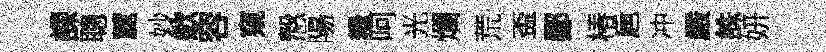
課聰麓妙歛容窺慤陽糧呵光爛荒盃鄙椿巵冲嚴誅妍